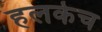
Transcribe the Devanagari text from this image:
हलकेच